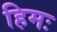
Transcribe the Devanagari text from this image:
हिमः